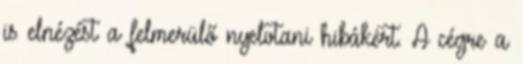
is elnézést a felmerülő nyelvtani hibákért. A cégre a